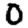
Digit: 0